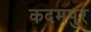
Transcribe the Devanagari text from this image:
कदमपुर